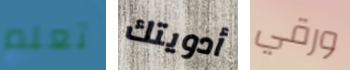
تعلم أدويتك ورقي